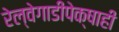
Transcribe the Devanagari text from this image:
रेल्वेगाडीपेक्षाही